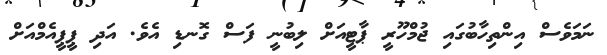
ނަމަވެސް އިންތިހާބުގައި ޖުމްހޫރީ ޕާޓީއަށް ލިބުނީ ފަސް ގޮނޑި އެވެ. އަދި ޕީޕީއެމްއަށް